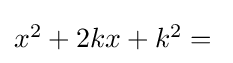
\textstyle x^{2}+2kx+k^{2}={}